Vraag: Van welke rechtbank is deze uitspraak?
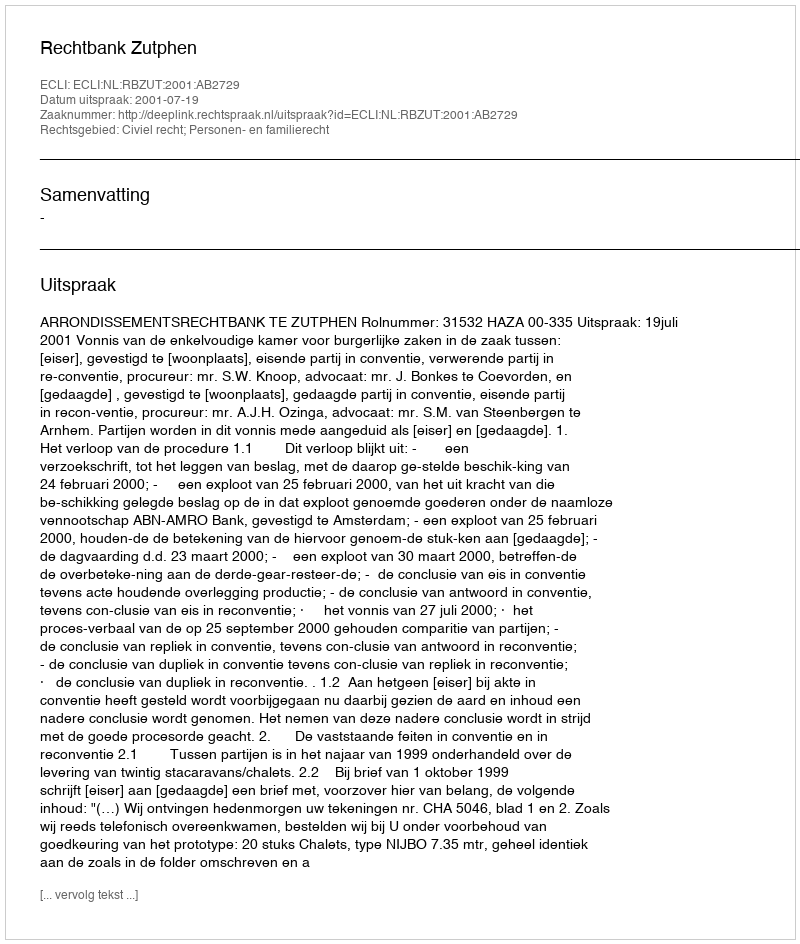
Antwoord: Rechtbank Zutphen